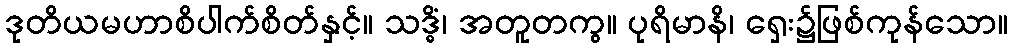
ဒုတိယမဟာစိပါက်စိတ်နှင့်။ သဒ္ဓိံ၊ အတူတကွ။ ပုရိမာနိ၊ ရှေး၌ဖြစ်ကုန်သော။